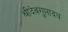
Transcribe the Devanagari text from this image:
श्रीदेवगुप्तादय